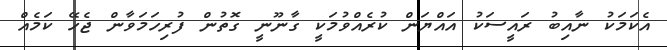
އެކަމަކު ނާއިބު ރައީސަކު އައްޔަން ކުރެއްވުމަކީ ގާނޫނީ ގޮތުން ފުރިހަމަވާން ޖެހޭ ކަމެއް